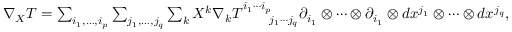
\begin{array} { r l } & { \nabla _ { X } T = \sum _ { i _ { 1 } , \dots , i _ { p } } \sum _ { j _ { 1 } , \dots , j _ { q } } \sum _ { k } X ^ { k } \nabla _ { k } T _ { \phantom { i _ { 1 } \cdots i _ { p } } j _ { 1 } \cdots j _ { q } } ^ { i _ { 1 } \cdots i _ { p } } \partial _ { i _ { 1 } } \otimes \cdots \otimes \partial _ { i _ { 1 } } \otimes d x ^ { j _ { 1 } } \otimes \cdots \otimes d x ^ { j _ { q } } , } \end{array}